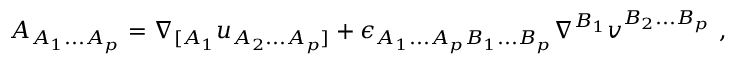
A _ { A _ { 1 } . . . A _ { p } } = \nabla _ { [ A _ { 1 } } u _ { A _ { 2 } . . . A _ { p } ] } + \epsilon _ { A _ { 1 } . . . A _ { p } B _ { 1 } . . . B _ { p } } \nabla ^ { B _ { 1 } } v ^ { B _ { 2 } . . . B _ { p } } \ ,